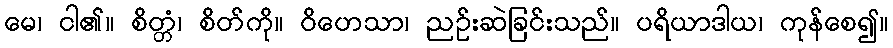
မေ၊ ငါ၏။ စိတ္တံ၊ စိတ်ကို။ ဝိဟေသာ၊ ညဉ်းဆဲခြင်းသည်။ ပရိယာဒါယ၊ ကုန်စေ၍။